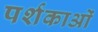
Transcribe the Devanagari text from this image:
पर्शकाओं